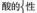
酸的性